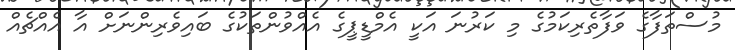
މުސްތަފާގެ ވަފާތެރިކަމުގެ މި ކަރުނަ އަކީ އެމްޑީޕީގެ އެއްވުންތަކުގެ ބައިވެރިންނަށް އާ އެއްޗެއް